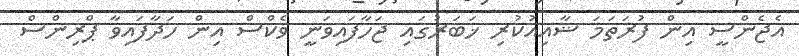
އެޖެންސީ އިން ފުރަތަމަ ޝާއިއުކުރި ޚަބަރުގައި ޖަހާފައިވަނީ ވެކްސް އިން ހަދާފައިވާ ޕްރިންސް